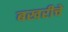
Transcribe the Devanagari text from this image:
बखरीचे